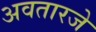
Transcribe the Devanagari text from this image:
अवतारजे